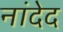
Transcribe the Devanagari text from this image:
नांदेद